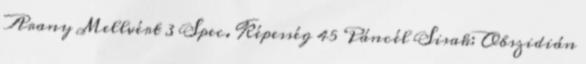
Arany Mellvért 3 Spec. Képesség 45 Páncél Sisak: Obszidián